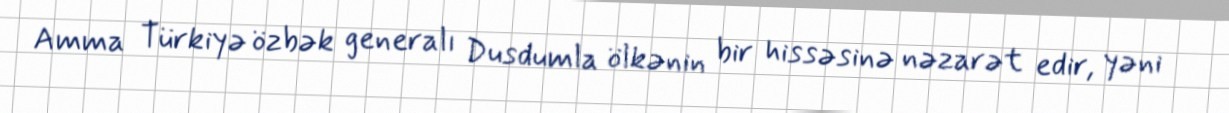
Amma Türkiyə özbək generalı Dusdumla ölkənin bir hissəsinə nəzarət edir, yəni